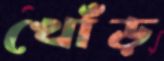
খোঁড়